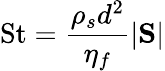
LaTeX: \mathrm{St}=\frac{\rho_{s}d^{2}}{\eta_{f}}|\mathrm{\mathbf S}|